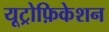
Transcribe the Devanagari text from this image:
यूट्रोफ़िकेशन